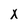
Character: x